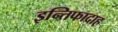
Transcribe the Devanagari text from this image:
इन्तिफादाह